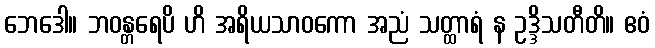
ဘေဒေါ။ ဘဝန္တရေပိ ဟိ အရိယသာဝကော အညံ သတ္ထာရံ န ဥဒ္ဒိသတီတိ။ ဧဝံ